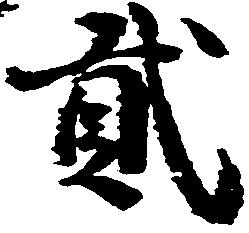
弐